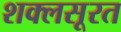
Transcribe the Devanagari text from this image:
शक्लसूरत